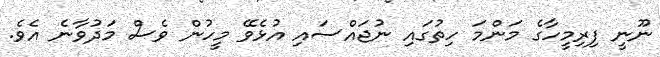
ނޫނީ ފިރިމީހާގެ މަންމަ ހިތުގައި ނުޖައްސައި އުޅެވޭ މީހުން ވެސް މަދުވާނެ އެވެ.